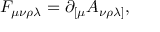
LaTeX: F _ { \mu \nu \rho \lambda } = \partial _ { [ \mu } A _ { \nu \rho \lambda ] } ,